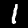
Digit: 1